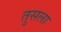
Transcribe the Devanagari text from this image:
तुसला